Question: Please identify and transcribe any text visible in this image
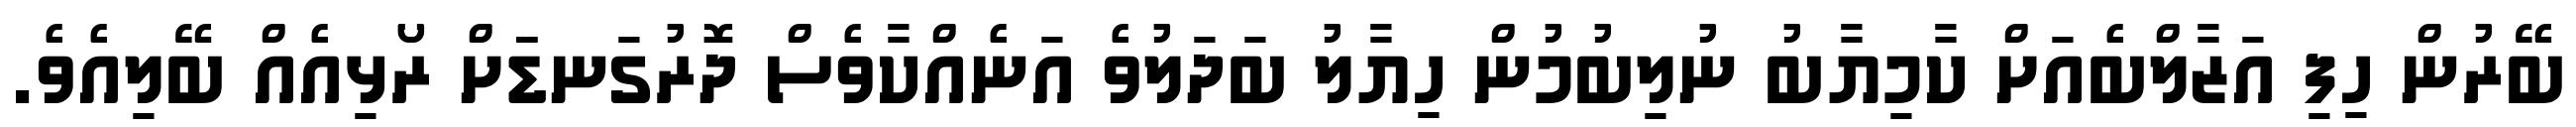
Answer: ބޭރުން ހިފި އަޒާލްބެއަށް ކާމިޔާބު ނުލިބުމުން ހިޔާލު ބަދަލުވެ އަނެއްކާވެސް ދޮރުގަނޑަަށް ރޯޅިއެއް ބޭލިއެވެ.